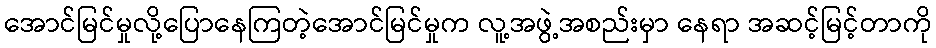
အောင်မြင်မှုလို့ပြောနေကြတဲ့အောင်မြင်မှုက လူ့အဖွဲ့အစည်းမှာ နေရာ အဆင့်မြင့်တာကို